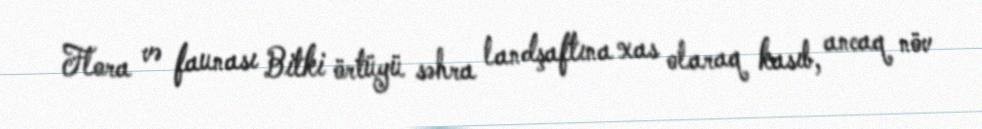
Flora və faunası Bitki örtüyü səhra landşaftına xas olaraq kasıb, ancaq növ